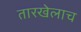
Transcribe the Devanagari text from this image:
तारखेलाच